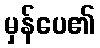
မှန်ပေ၏